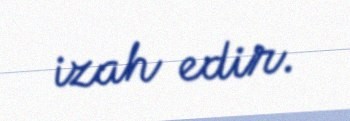
izah edir.